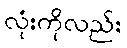
လုံးကိုလည်း